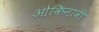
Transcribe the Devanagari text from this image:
ओकिनावी